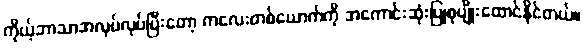
ကိုယ့်ဘာသာအလုပ်လုပ်ပြီးတော့ ကလေးတစ်ယောက်ကို အကောင်းဆုံးပြုစုပျိုးထောင်နိုင်တယ်။